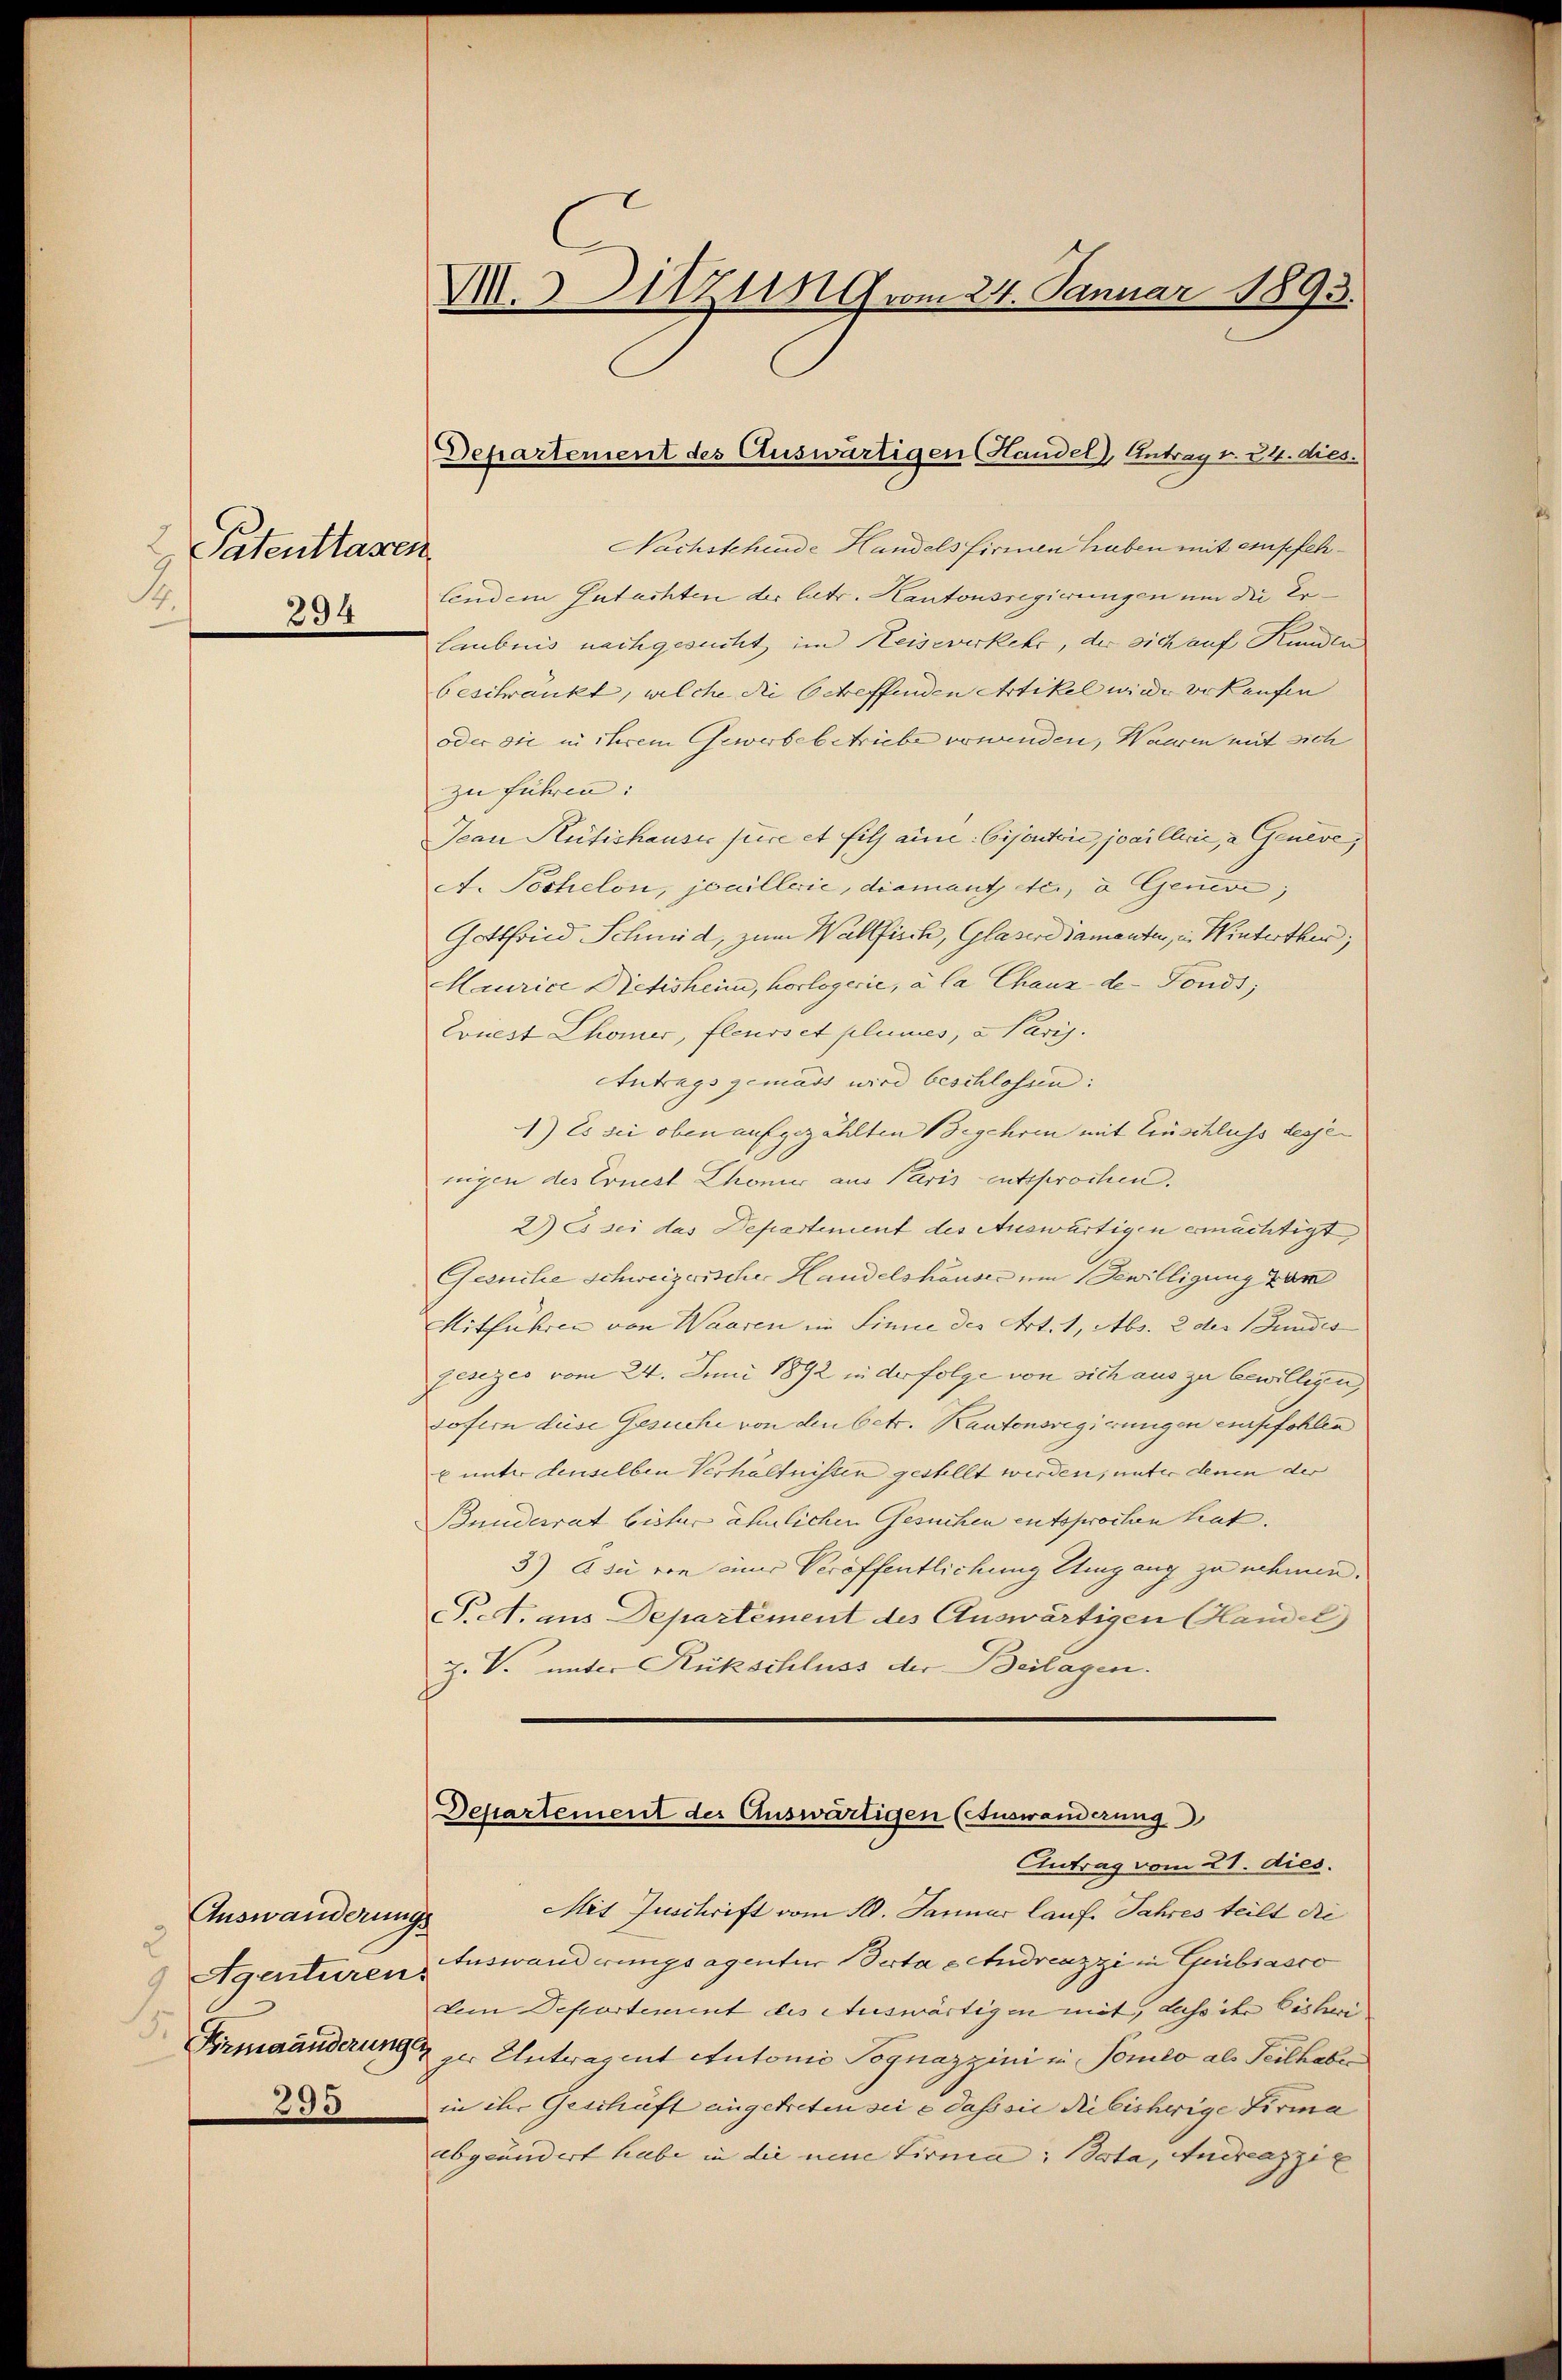
Patentragen
14.
294

Auswanderungs
2
5
295

M.32tzung vom 24. Januar 1893.

Nachstehende Handels firmen haben mit empfehlendem Gutachten der latr. Kantonsregierungen um die Erlaubnis nachgesucht im Heiseverkehr, der sich auf Kunden
beschränkt, welche die betreffenden Artikel wird erkaufen
oder sie in ihrem Gewerbebetriebe voranden, Waaren mit sich
zu führen:
Jean Rütishauses stice et fils au Cijontvić, joaillerie, a Genève,
A. Pochelon, jouillerie, diamant etc., d Genere,
Gottfried Schmid, zum Wallfisch, Glaser damanten, in Winterthur,
Maurice Dietisheim, Korlogerie, à la Chauz der Fonds;
Ernest Chomer, fleurs et plumes, a Paris.
Antrags gemäss wird beschlossen:
1) Es sei oben aufgezählten Begehren mit Einschluss desjenigen des Ernest Chonier aus Paris entsprochen.
2) Es sei das Departement des Auswärtigen ermächtigt,
Gesuche schweizerischer Handelshäuser um Bewilligung kam
Mitführen von Waaren im Sinne des Art. 1, Abs. 2 der Bundes
Eesezes vom 24. Juni 1892 in der folge von sich aus zu bewilligen,
sofern diese Gesuche von den betr. Kantonsregirungen empfohlen
u unter denselben Verhältnissen gestellt werden, unter denen der
Bnuiderrat bisher ähnlichen Gesuchen entsprochen hat.
3) E sie von einer Veröffentlichung Umgang zu nehmen.
P.A. aus Departement des Auswärtigen Handel
Z. V. unter Rückschluss der Beilagen.

Departement des Auswärtigen Handel, Antrag v. 24. dies

Departement der Auswärtigen (Auswanderung
Antrag vom 21. dies.

Mit Zuschrift vom 10. Januar lauf Jahres teilt die
9 Agenturen Auswanderungsagentur Berta e Andreazzi in Gubiasco
dem Departement des Auswärtigen mit, dass ihr Eisheri
Frmaänderung zur Antragent Autonio Pognazzini in Ponto als Seitheber
in ihr Geschäft eingetreten sei e dass sie Ribisherige Firma
abgeändert habe in die neue Firma: dota, Andreazzie |